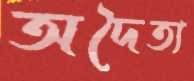
অদৈত্য